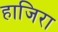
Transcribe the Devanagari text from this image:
हाजिरा